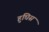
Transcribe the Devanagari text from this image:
हुघिस